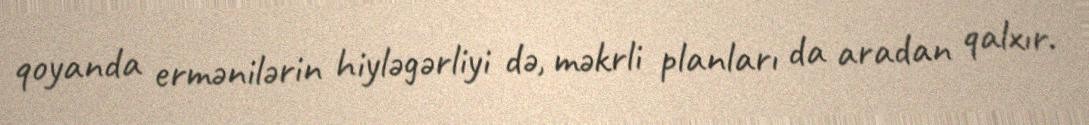
qoyanda ermənilərin hiyləgərliyi də, məkrli planları da aradan qalxır.